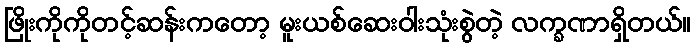
ဖြိုးကိုကိုတင့်ဆန်းကတော့ မူးယစ်ဆေးဝါးသုံးစွဲတဲ့ လက္ခဏာရှိတယ်။